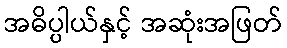
အဓိပ္ပါယ်နှင့် အဆုံးအဖြတ်